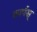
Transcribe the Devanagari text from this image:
कार्पस्